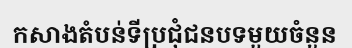
កសាងតំបន់ទីប្រជុំជនបទមួយចំនួន